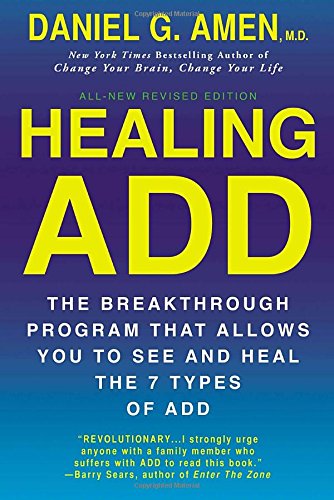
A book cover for Healing ADD Revised Edition: The Breakthrough Program that Allows You to See and Heal the 7 Types of ADD; Daniel G. Amen; Medical Books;